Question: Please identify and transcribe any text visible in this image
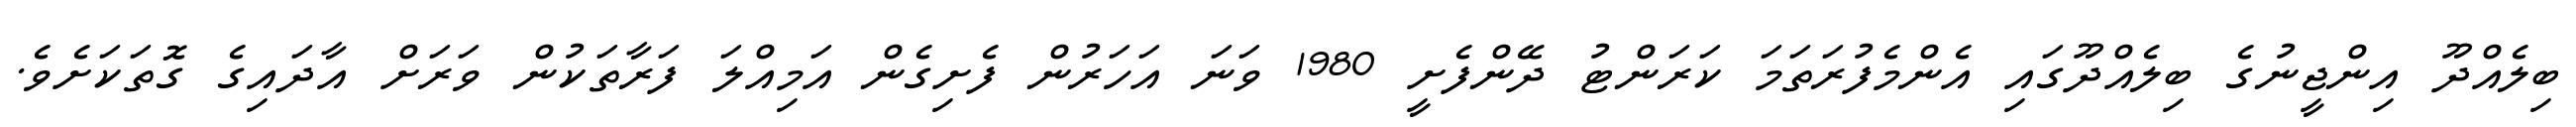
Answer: ބިލެއްދޫ އިންޖީނުގެ ބިލެއްދޫގައި އެންމެފުރަތަމަ ކަރަންޓު ދޭންފެށީ 1980 ވަނަ އަހަރުން ފެށިގެން އަމިއްލަ ފަރާތަކުން ވަރަށް އާދައިގެ ގޮތަކަށެވެ.